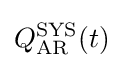
Q_{\mathrm {AR} }^{\mathrm {SYS} }(t)